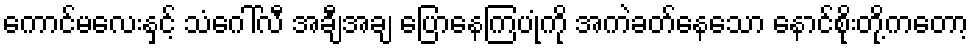
ကောင်မလေးနှင့် သံဂေါ်လီ အချီအချ ပြောနေကြပုံကို အကဲခတ်နေသော နောင်စိုးတို့ကတော့